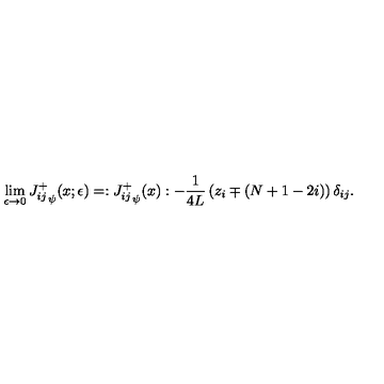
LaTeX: \lim _ { \epsilon \rightarrow 0 } { J _ { i j } ^ { + } } _ { \psi } ( x ; \epsilon ) = : { J _ { i j } ^ { + } } _ { \psi } ( x ) : - \frac { 1 } { 4 L } \left( z _ { i } \mp ( N + 1 - 2 i ) \right) \delta _ { i j } .